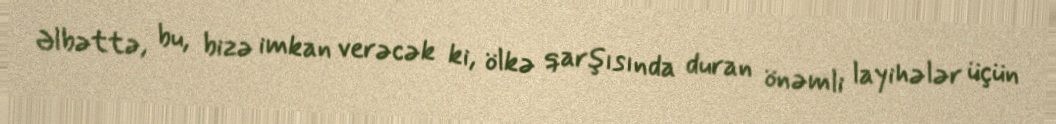
Əlbəttə, bu, bizə imkan verəcək ki, ölkə qarşısında duran önəmli layihələr üçün